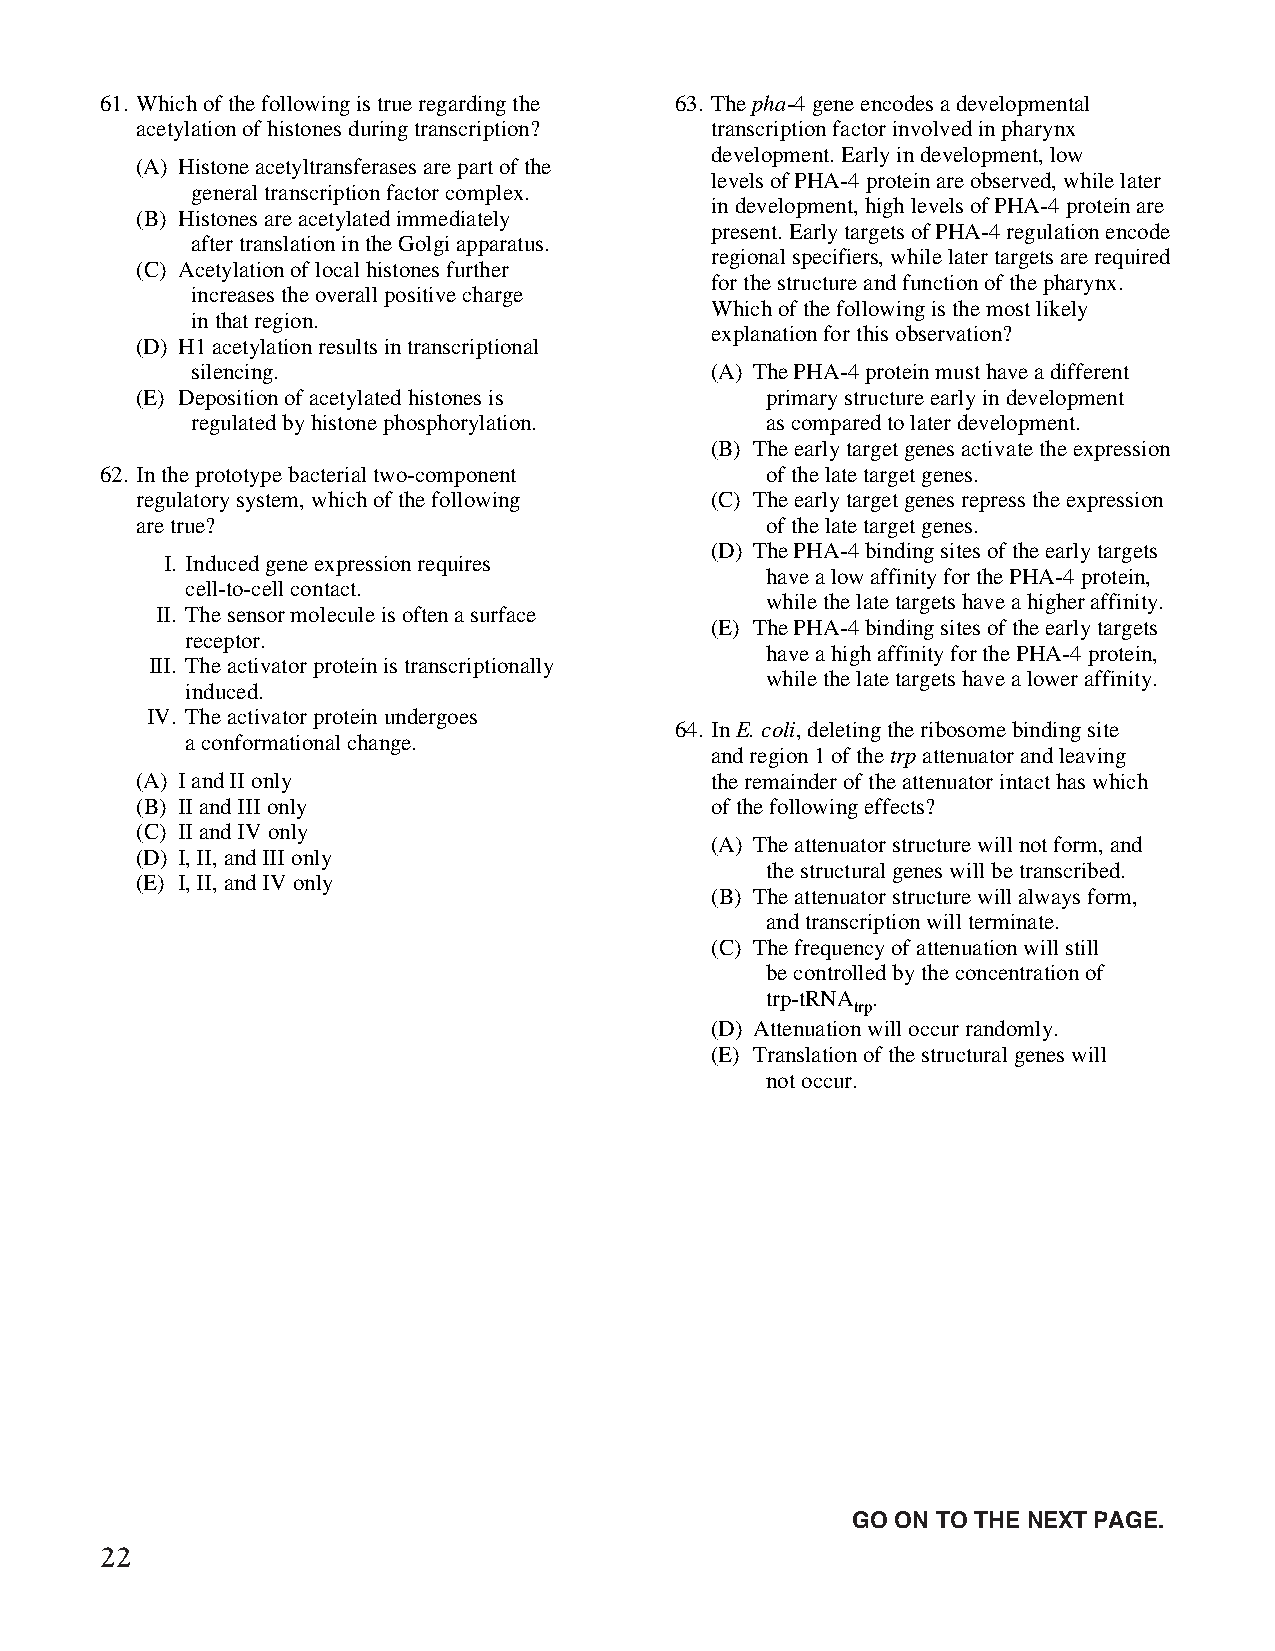
61. Which of the following is true regarding the 63. The pha-4 gene encodes a developmental
 acetylation of histones during transcription? transcription factor involved in pharynx
 development. Early in development, low
 (A) Histone acetyltransferases are part of the
 levels of PHA-4 protein are observed, while later
 general transcription factor complex.
 in development, high levels of PHA-4 protein are
 (B) Histones are acetylated immediately
 present. Early targets of PHA-4 regulation encode
 after translation in the Golgi apparatus.
 regional specifiers, while later targets are required
 (C) Acetylation of local histones further
 for the structure and function of the pharynx.
 increases the overall positive charge
 Which of the following is the most likely
 in that region.
 explanation for this observation?
 (D) H1 acetylation results in transcriptional
 silencing.                        (A) The PHA-4 protein must have a different
 (E) Deposition of acetylated histones is  primary structure early in development
 regulated by histone phosphorylation. as compared to later development.
 (B) The early target genes activate the expression
 62. In the prototype bacterial two-component of the late target genes.
 regulatory system, which of the following (C) The early target genes repress the expression
 are true?                                 of the late target genes.
 (D) The PHA-4 binding sites of the early targets
 I. Induced gene expression requires
 have a low affinity for the PHA-4 protein,
 cell-to-cell contact.
 while the late targets have a higher affinity.
 II. The sensor molecule is often a surface
 (E) The PHA-4 binding sites of the early targets
 receptor.
 have a high affinity for the PHA-4 protein,
 III. The activator protein is transcriptionally
 while the late targets have a lower affinity.
 induced.
 IV. The activator protein undergoes
 64. In E. coli, deleting the ribosome binding site
 a conformational change.
 and region 1 of the trp attenuator and leaving
 (A) I and II only                     the remainder of the attenuator intact has which
 (B) II and III only                   of the following effects?
 (C) II and IV only
 (A) The attenuator structure will not form, and
 (D) I, II, and III only
 the structural genes will be transcribed.
 (E) I, II, and IV only
 (B) The attenuator structure will always form,
 and transcription will terminate.
 (C) The frequency of attenuation will still
 be controlled by the concentration of
 trp-tRNA .
 trp
 (D) Attenuation will occur randomly.
 (E) Translation of the structural genes will
 not occur.
 Unauthorized copying or reuse of
 any part of this page is illegal.               GO ON TO THE NEXT PAGE.
 22
 GO ON TO THE NEXT PAGE.
 -14-
 007884-72507 GRE Biochemistry Test Practise Book • Dr01 4/17/08 ta • Dr02 5/7/08 ta • Dr03 5/20/08 ta • [NEW 108353] • CS6 • Dr01 5/1/15 jw • [New
 Job] 007884-113203 Drft01 3/22/16 ew